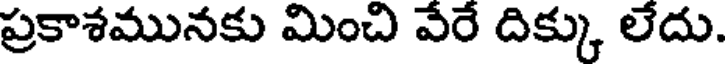
ప్రకాశమునకు మించి వేరే దిక్కు లేదు.